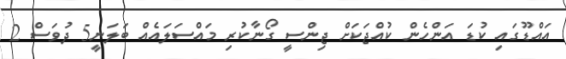
އައްޑޫގައި ކުޑަ އަންހެން ކުއްޖަކަށް ޖިންސީ ގޯނާކުރި މައްސަލައެއް ބަލަނީ5 ދުވަސް 2